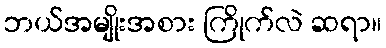
ဘယ်အမျိုးအစား ကြိုက်လဲ ဆရာ။